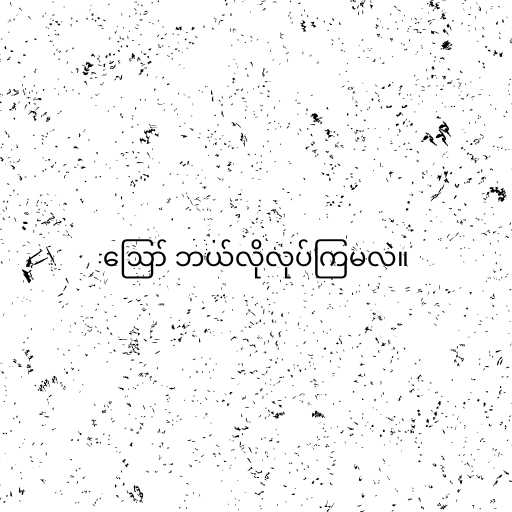
ဪ ဘယ်လိုလုပ်ကြမလဲ။